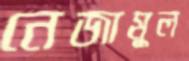
নেজামুল